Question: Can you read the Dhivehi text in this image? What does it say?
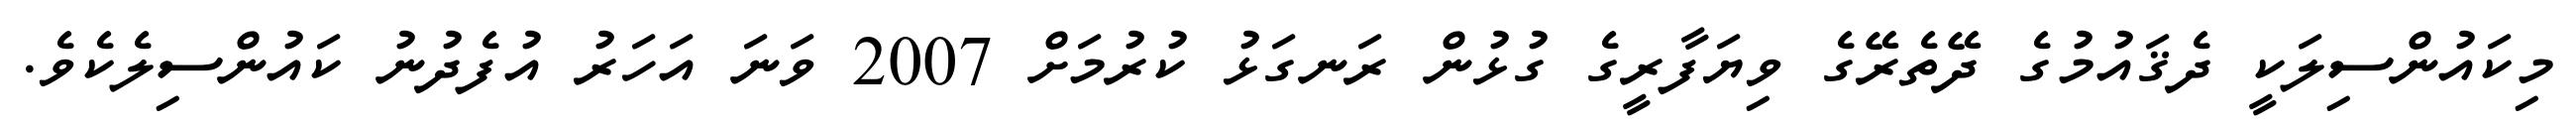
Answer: މިކައުންސިލަކީ ދެޤައުމުގެ ދޭތެރޭގެ ވިޔަފާރީގެ ގުޅުން ރަނގަޅު ކުރުމަށް 2007 ވަނަ އަހަރު އުފެދުނު ކައުންސިލެކެވެ.